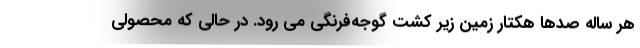
هر ساله صدها هکتار زمین زیر کشت گوجه‌فرنگی می رود. در حالی که محصولی